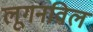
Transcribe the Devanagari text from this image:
लूगनविल